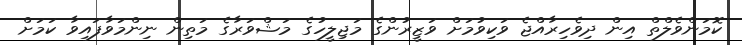
ކޮމަންވެލްތް އިން ދިވެހިރާއްޖެ ވަކިވުމަށް ވަޒީރުންގެ މަޖިލީހުގެ މަޝްވަރާގެ މަތިން ނިންމަވާފައިވާ ކަމަށް